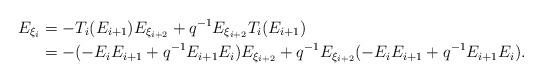
LaTeX: \begin{align*}E_{\xi_{i}} & = -T_{i}(E_{i + 1}) E_{\xi_{i + 2}} + q^{-1} E_{\xi_{i + 2}} T_{i}(E_{i + 1})\\ & = -(-E_{i} E_{i + 1} + q^{-1} E_{i + 1}E_{i}) E_{\xi_{i + 2}} + q^{-1}E_{\xi_{i + 2}} (-E_{i} E_{i + 1} + q^{-1} E_{i + 1} E_{i}).\end{align*}